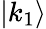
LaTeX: |k_{1}\rangle